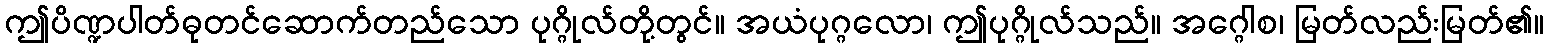
ဤပိဏ္ဍပါတ်ဓုတင်ဆောက်တည်သော ပုဂ္ဂိုလ်တို့တွင်။ အယံပုဂ္ဂလော၊ ဤပုဂ္ဂိုလ်သည်။ အဂ္ဂေါစ၊ မြတ်လည်းမြတ်၏။